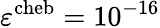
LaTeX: \varepsilon^{\mathrm{cheb}}=10^{-16}